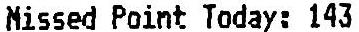
MISSED POINT TODAY: 143